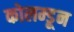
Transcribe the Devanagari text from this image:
कोलम्डून